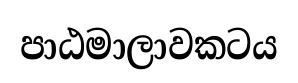
පාඨමාලාවකටය